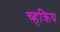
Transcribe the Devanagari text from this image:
च्हक्रिय